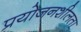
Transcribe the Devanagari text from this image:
प्रयोजनशीलता